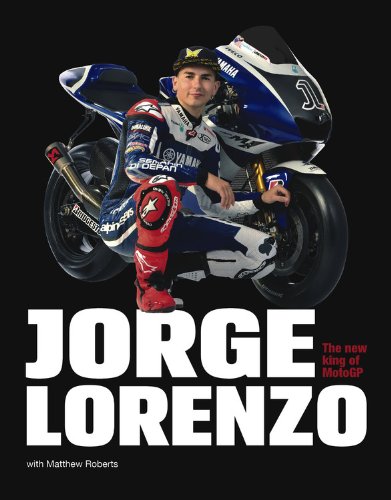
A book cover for Jorge Lorenzo: The New King of MotoGP; Matt Roberts; Sports & Outdoors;